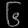
Digit: ၆